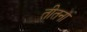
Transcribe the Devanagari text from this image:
तीतना